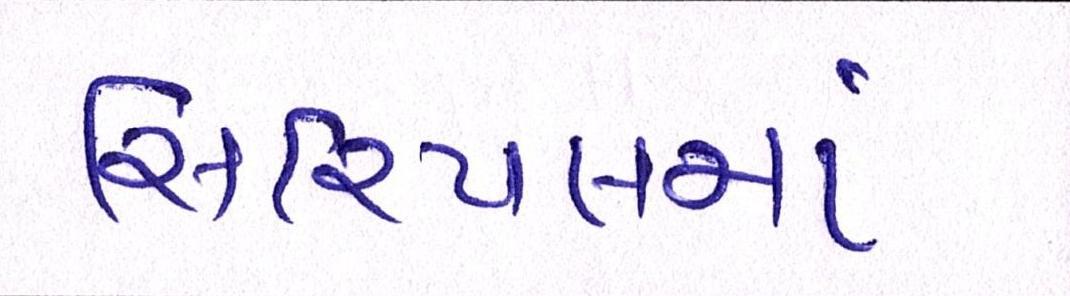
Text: સિરિયલમાં